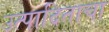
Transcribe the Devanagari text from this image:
उत्पादिताचा